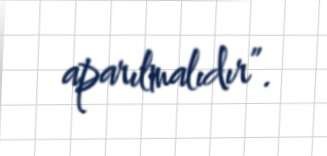
aparılmalıdır”.